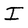
Character: I